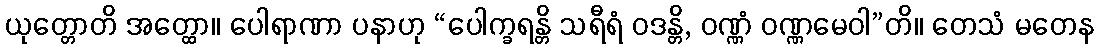
ယုတ္တောတိ အတ္ထော။ ပေါရာဏာ ပနာဟု “ပေါက္ခရန္တိ သရီရံ ဝဒန္တိ, ဝဏ္ဏံ ဝဏ္ဏမေဝါ”တိ။ တေသံ မတေန